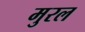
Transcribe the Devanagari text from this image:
मुरल